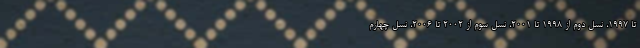
تا 1997، نسل دوم از 1998 تا 2001، نسل سوم از 2002 تا 2006، نسل چهارم